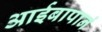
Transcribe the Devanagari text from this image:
आईबापानं